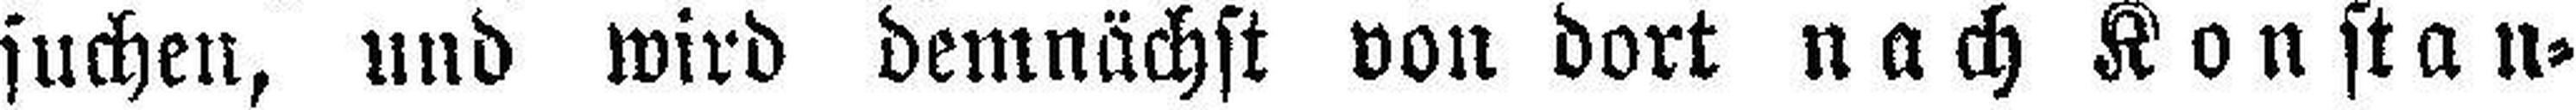
suchen, und wird demnächst von dort nach Konstan¬